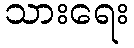
သားရေး